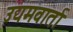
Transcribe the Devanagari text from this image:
उद्यमवार्ता